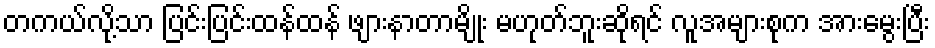
တကယ်လို့သာ ပြင်းပြင်းထန်ထန် ဖျားနာတာမျိုး မဟုတ်ဘူးဆိုရင် လူအများစုက အားမွေးပြီး